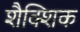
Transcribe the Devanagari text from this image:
शैक्शिक